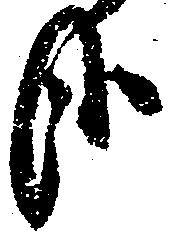
哉